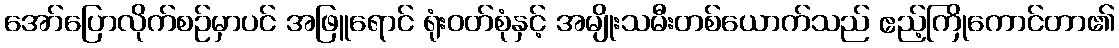
အော်ပြောလိုက်စဉ်မှာပင် အဖြူရောင် ရုံးဝတ်စုံနှင့် အမျိုးသမီးတစ်ယောက်သည် ဧည့်ကြိုကောင်တာ၏